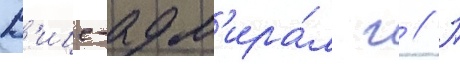
В'ице-адм'ира́л г // П